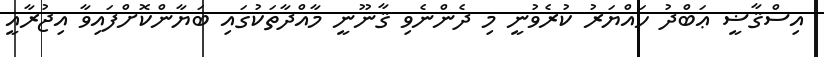
އިސްޤާޟީ ޢަބްދު ހައްޔަރު ކުރެވުނީ މި ދެންނެވި ޤާނޫނީ މާއްދާތަކުގައި ބަޔާންކޮށްފައިވާ އިޖުރާއީ